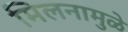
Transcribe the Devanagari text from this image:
मिलनामुळे